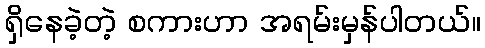
ရှိနေခဲ့တဲ့ စကားဟာ အရမ်းမှန်ပါတယ်။